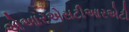
એઆરએસટીઆરએટી